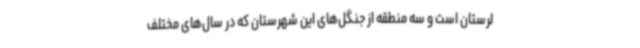
لرستان است و سه منطقه از جنگل‌های این شهرستان که در سال‌های مختلف